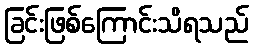
ခြင်းဖြစ်ကြောင်းသိရသည်